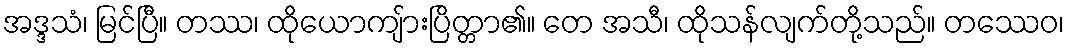
အဒ္ဒသံ၊ မြင်ပြီ။ တဿ၊ ထိုယောကျ်ားပြိတ္တာ၏။ တေ အသီ၊ ထိုသန်လျက်တို့သည်။ တဿေဝ၊